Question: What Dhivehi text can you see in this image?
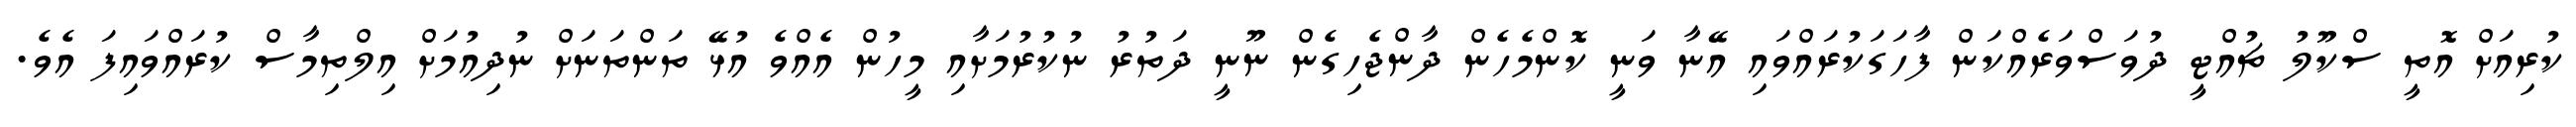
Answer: ކުރިއަށް އޮތީ ސްކޫލު ޗުއްޓީ ދުވަސްވަރެއްކަން ފާހަގަކުރައްވައި އޭނާ ވަނީ ކޮންމެހެން ދާންޖެހިގެން ނޫނީ ދަތުރު ނުކުރުމަށާއި މީހުން އެއްވެ އުޅޭ ތަންތަނަށް ނުދިއުމަށް އިލްތިމާސް ކުރައްވައިފަ އެވެ.